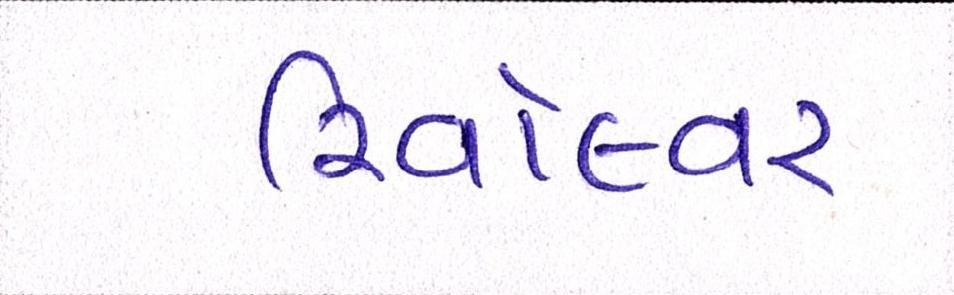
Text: રિવૉલ્વર